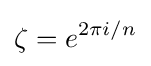
\zeta =e^{2\pi i/n}